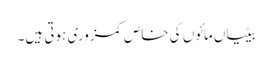
بیٹیاں مائوں کی خاص کمزوری ہوتی ہیں۔